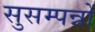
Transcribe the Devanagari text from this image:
सुसम्पन्नों